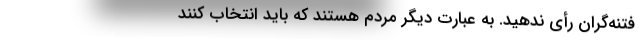
فتنه‌گران رأی ندهید. به عبارت دیگر مردم هستند که باید انتخاب کنند